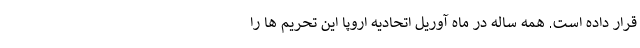
قرار داده است. همه ساله در ماه آوریل اتحادیه اروپا این تحریم ها را